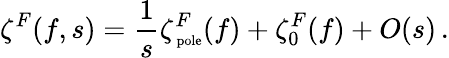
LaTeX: \zeta^{F}(f,s)=\frac 1s\zeta_{\mathrm{\scriptsize~pole}}^{F}(f)+\zeta_{0}^{F}(f)+O(s)\, .